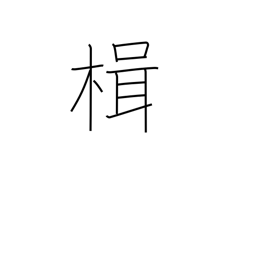
Meaning: sculling oar